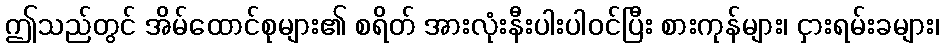
ဤသည်တွင် အိမ်ထောင်စုများ၏ စရိတ် အားလုံးနီးပါးပါဝင်ပြီး စားကုန်များ၊ ငှားရမ်းခများ၊